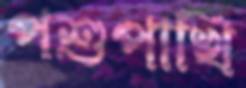
পশুপাখি